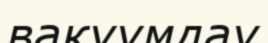
вакуумдау